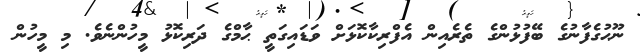
ނޫޙުގެފާނުގެ ބޭފުޅުންގެ ތެރެއިން އެފްރިކާކޮޅަށް ވަޑައިގަތީ ޙާމްގެ ދަރިކޮޅު މީހުންނެވެ. މި މީހުން